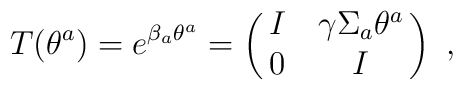
T (\theta^a) = e^{\beta_a \theta^a} = \pmatrix{I & \gamma \Sigma_{a} \theta^{a}\cr               0 & I\cr}~,